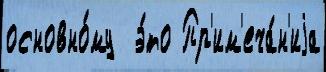
основно́му  э́то Пр'им'еча́н'иjа